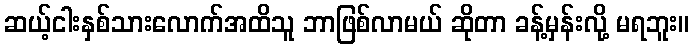
ဆယ့်ငါးနှစ်သားလောက်အထိသူ ဘာဖြစ်လာမယ် ဆိုတာ ခန့်မှန်းလို့ မရဘူး။